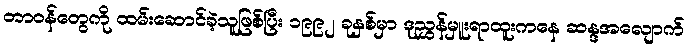
တာဝန်တွေကို ထမ်းဆောင်ခဲ့သူဖြစ်ပြီး ၁၉၉၂ ခုနှစ်မှာ ဒုညွှန်မှူးရာထူးကနေ ဆန္ဒအလျောက်